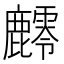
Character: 䴫